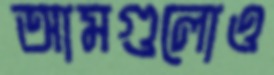
আমগুলোও